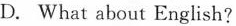
D. What about English?